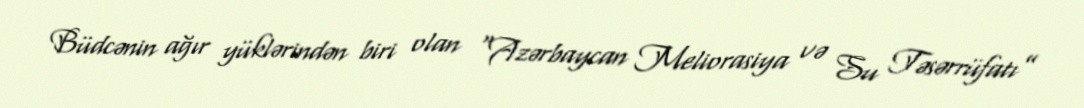
Büdcənin ağır yüklərindən biri olan “Azərbaycan Meliorasiya və Su Təsərrüfatı”